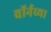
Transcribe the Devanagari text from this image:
वॉर्नच्या